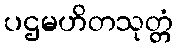
ပဌမဟိတသုတ္တံ